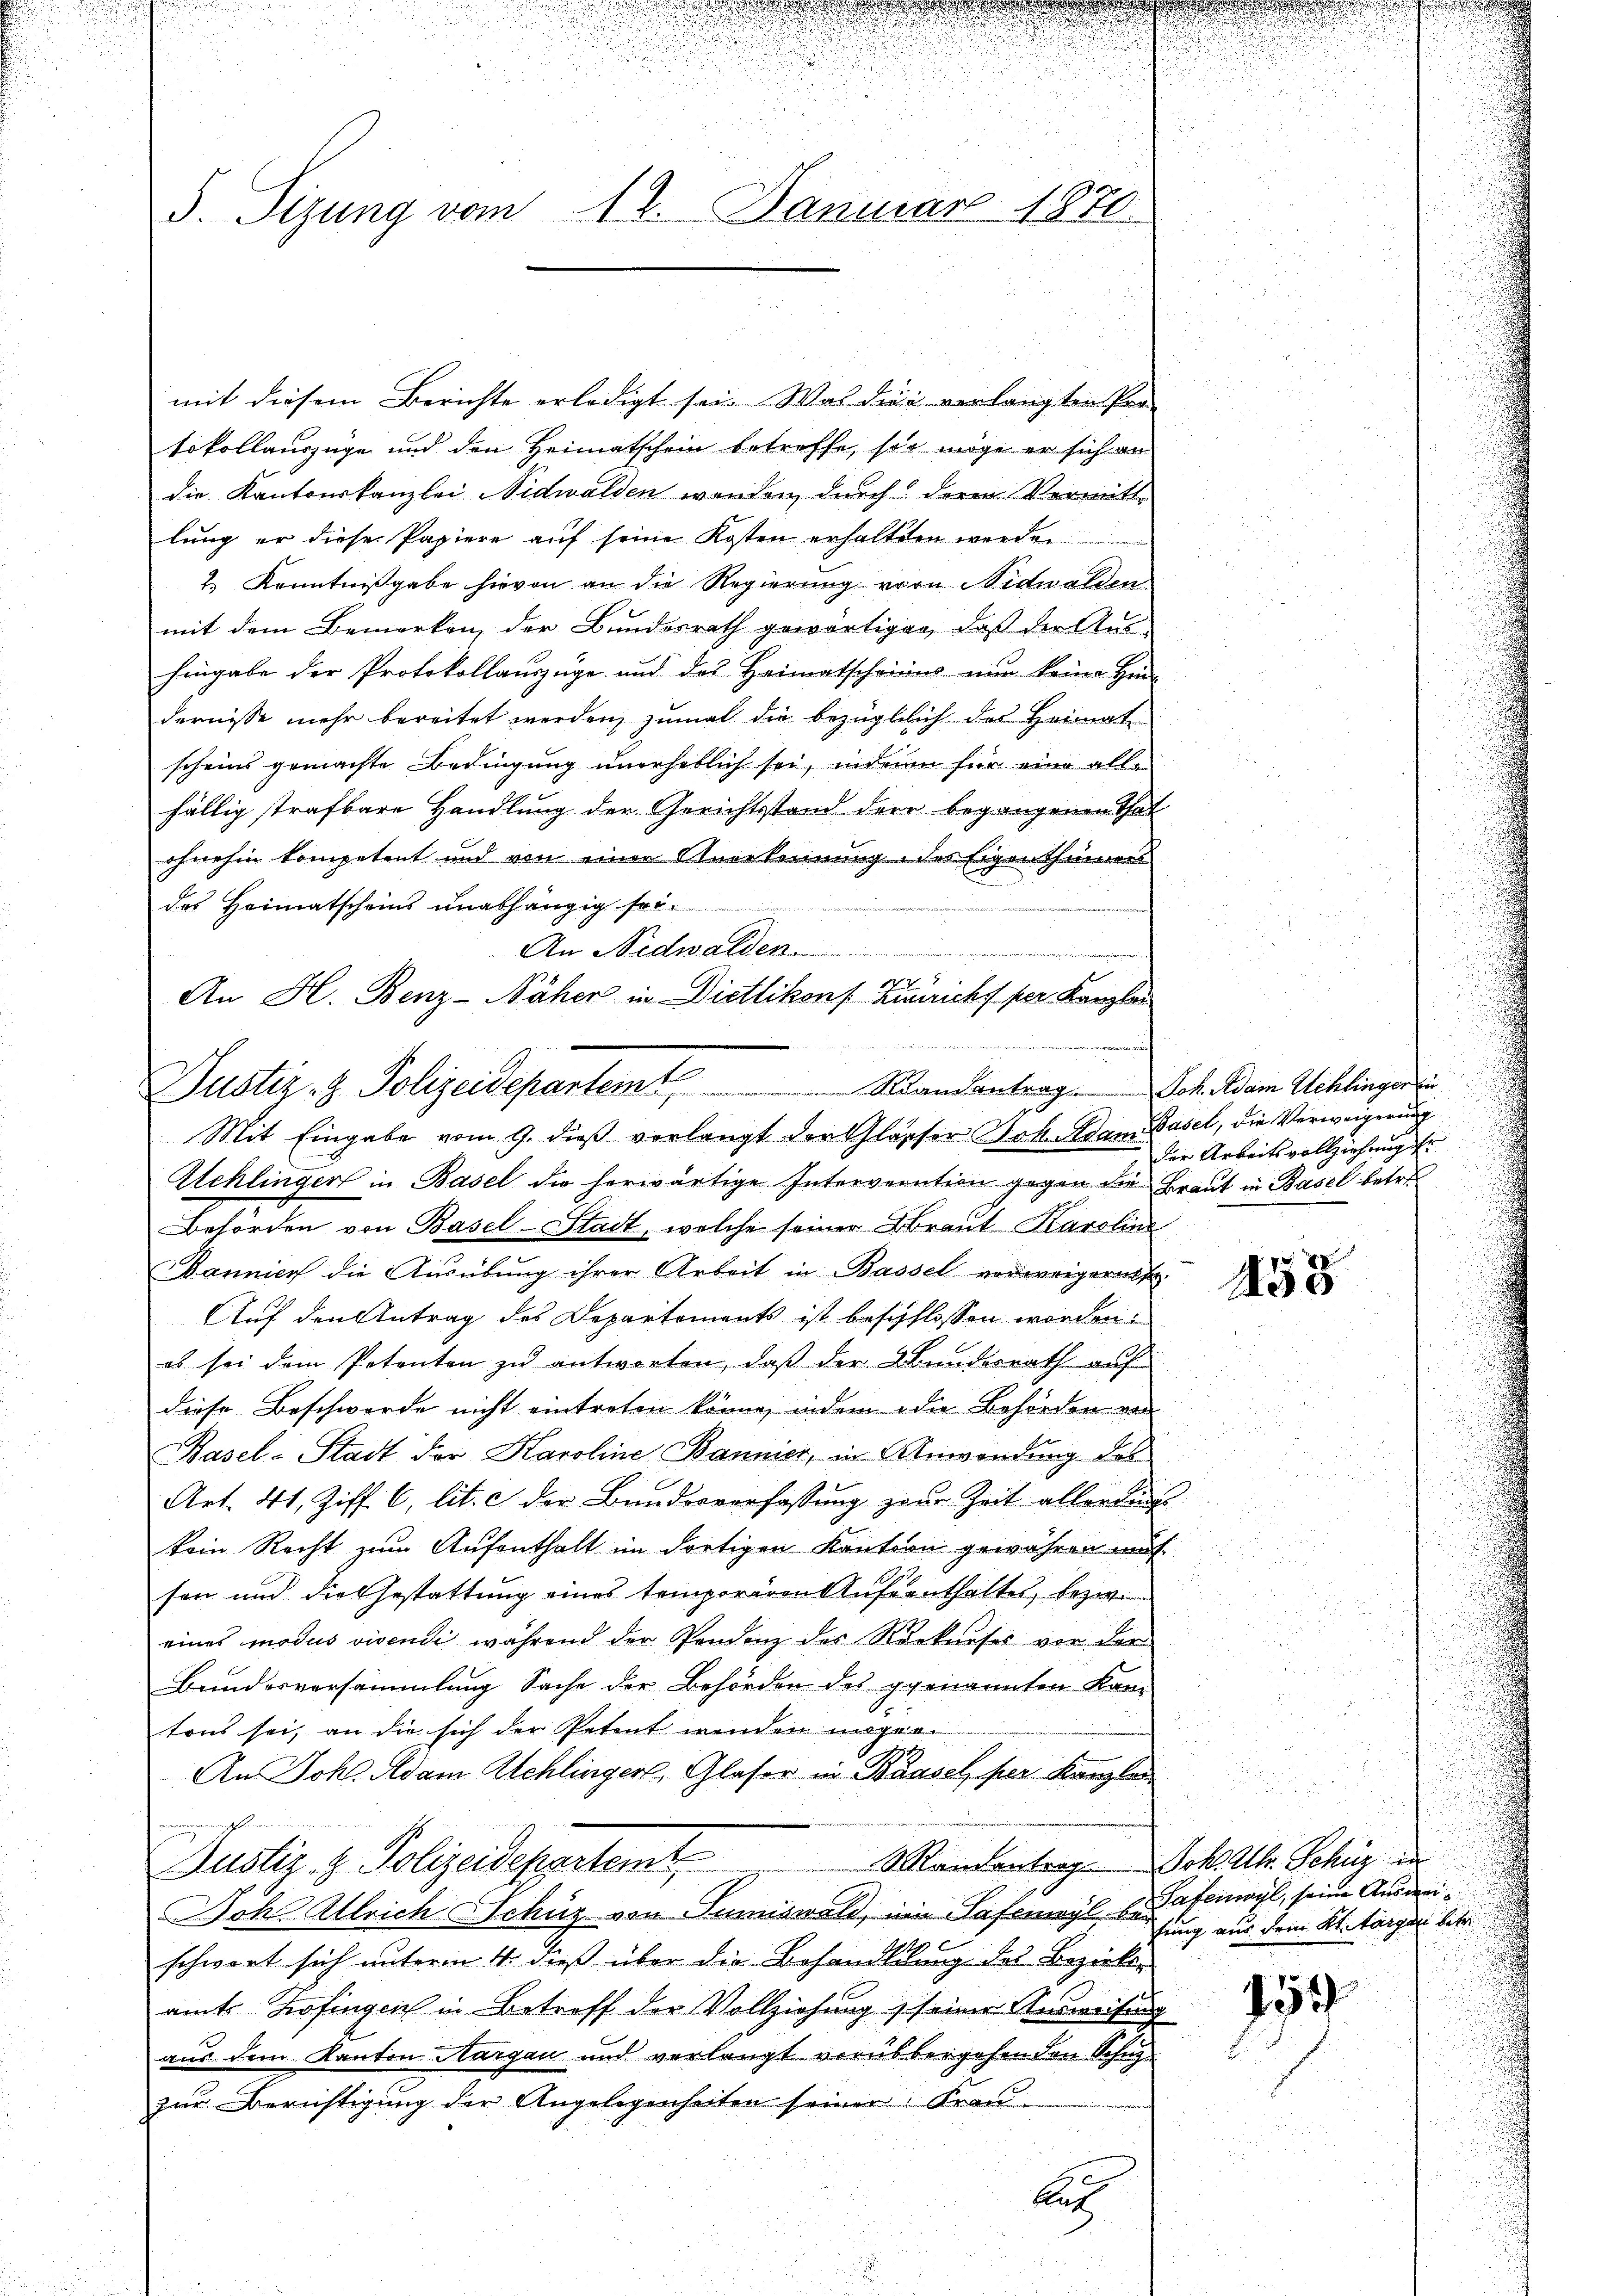
u
S. Tizung vom 12. Januar 1870.

mit diesem Berichte erledigt sei. Was dies verlangten Pro
Sokollauszüge und den Heimatschein betreffe, so möge er sich an
die Kantonskanzlei Nidwalden wenden, durch deren Vermittlung er diese Papiere auf seine Kosten erhaltten werden
2.) Kenntnißgabe hievon an die Regierung von Nidwalden
mit dem Bemerken, der Bundesrath gewärtigen, daß der Aus-
hingabe der Protokollauszüge und des Heimatscheines nun keine Hin-
dernisse mehr bereitet werden, zumal die bezüglich des Heimat
scheins gemachte Bedingung unerheblich sei, inden für eine alle
fällig strafbare Handlung der Gerichtsstand dere begangenen That
ohnehin kompetent und von einer Anerkennung des Eigenthümers
des Heimatscheins unabhängig sei¬
.
u
Mit Eingabe vom 9. dieß verlangt der Glasser Joh. Adam Basel, die Verweigerung
Achlinger in Basel die herwärtige Interveration gegen die Braut in Basel betre
Behörden von Basel-Stadt, welche seiner Braut Karolina
Dannier die Ausübung ihrer Arbeit in Bassel verweigern s
1458
Auf den Antrag des Departements ist beschlossen worden.
es sei dem Petenten zu antworten, daß der Bundesrath auf
diese Beschwerde nicht eintreten könne, indem die Behörden an
n
Basel-Stadt der Karoline Bannier, in Anwendung des
Art. 41, Ziff. 6, lit. c der Bundesverfassung zur Zeit allerließ
kein Recht zum Aufenthalt im dortigen Kantonn gewesen auf
son und die Gestattung eines temporiren Aufenthaltes, bezw.
eines modus vivendi während der Pendenz des Rekurses von der
.
Bundesversammlung Sache der Behörden des genannten Kan
5
i
u
tons sei, an die sich der Petent wenden wegen
d
3
.
An Johs. Adam Schlinger, Glaser in Bäusel per Kanzlei
.
.
Mandentrag. Joh. Chr. Schür in
Justiz- & Polizeidepartemt
Döhle Allrich Schüz von Tumiswald, ein Safeweyl d. Hafenwyl, seine Ansanfung aus dem Kt. Tagen betr
schwert sich unterm 4. dieß über die Behandlung des Bezirke
150
amt Zofingen in Betreff der Vollziehung, seiner Ausweisung
aus dem Kanton Aargau und verlangt vorübergehenden Schulzur Berichtigung der Angelegenheiten seiner Frau
wie verein
d
A

An Nidwalden.

2
An H. Benz-Näher in Dietlikon zuricht per Kanzlei

Justiz- & Polizeidepartem Mandantrag Joh. dem Schlinger

u
der Arbeitsvollziehung der